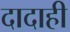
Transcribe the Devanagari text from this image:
दादाही